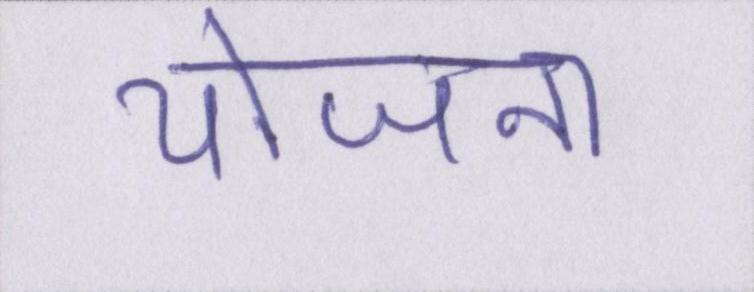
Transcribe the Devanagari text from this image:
योजना